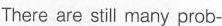
There are still many pro b-